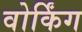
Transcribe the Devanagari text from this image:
वोर्किंग